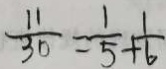
\frac { 1 1 } { 3 0 } = \frac { 1 } { 5 } + \frac { 1 } { 6 }